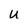
Character: u